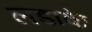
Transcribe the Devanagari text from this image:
लडाके